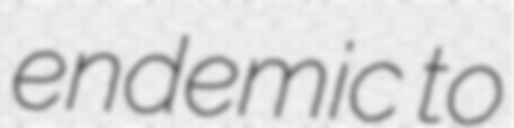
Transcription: endemic to